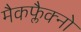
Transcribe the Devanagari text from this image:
मैकफ्लैक्नो